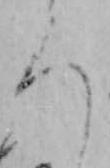
ろ